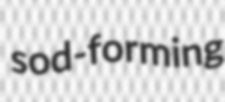
sod-forming